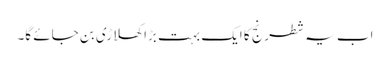
اب یہ شطرنج کا ایک بہت بڑا کھلاڑی بن جائے گا۔